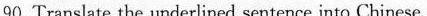
90. Translate the underlined sentence into Chinese.